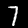
Label: 7